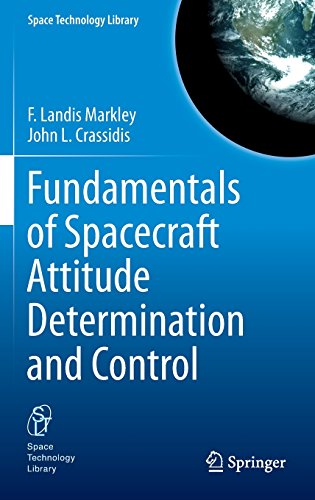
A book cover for Fundamentals of Spacecraft Attitude Determination and Control (Space Technology Library); F. Landis Markley; Science & Math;